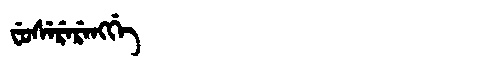
Manchu: ᠸᡠᠰᡝᡵᡝᡵᡝᠩᡤᡝ
Romanization: FUSERERENGGE